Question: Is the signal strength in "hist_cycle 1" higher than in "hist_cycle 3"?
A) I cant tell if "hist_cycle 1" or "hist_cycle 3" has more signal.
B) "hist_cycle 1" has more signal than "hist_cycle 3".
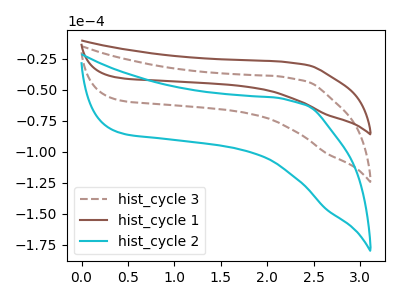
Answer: <think>The brown dashed curve "hist_cycle 3" has no peaks. The brown curve "hist_cycle 1" has no peaks. The cyan curve "hist_cycle 2" has no peaks.
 Neither "hist_cycle 1" or "hist_cycle 3" have any peaks.</think>
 <answer>A) I cant tell if "hist_cycle 1" or "hist_cycle 3" has more signal.</answer>
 <eval>A</eval>